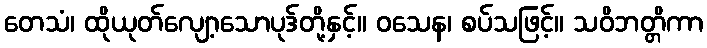
တေသံ၊ ထိုယုတ်လျော့သောပုဒ်တို့နှင့်။ ဝသေန၊ စပ်သဖြင့်။ သဝိဘတ္တိကာ